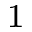
^ { 1 }